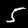
Label: 5